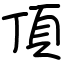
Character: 頂